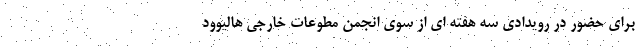
برای حضور در رویدادی سه هفته ای از سوی انجمن مطوعات خارجی هالیوود